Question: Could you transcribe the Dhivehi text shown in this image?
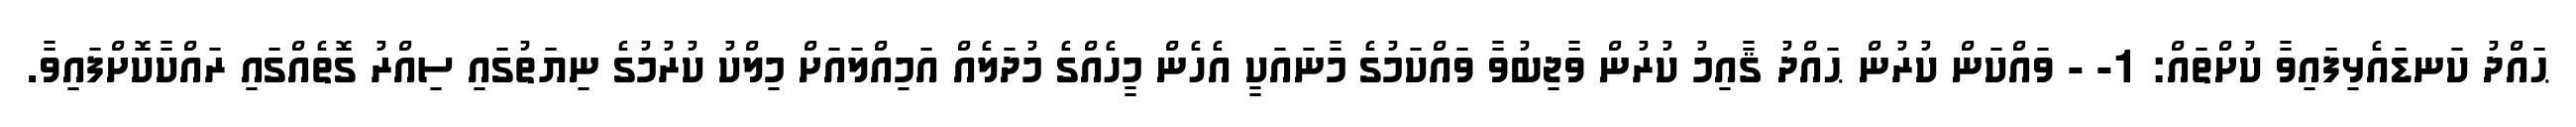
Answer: ޙައްދު ކަނޑައެޅިފައިވާ ކުށްތައް: 1- - ވައްކަން ކުރުން ޙައްދު ޤާއިމު ކުރުން ވާޖިބުވާ ވައްކަމުގެ މާނައަކީ އެހެން މީހެއްގެ މުދަލެއް އަމިއްލައަށް މިލްކު ކުރުމުގެ ނިޔަތުގައި ސިއްރު ގޮތެއްގައި ރައްކާކޮށްފައިވާ.